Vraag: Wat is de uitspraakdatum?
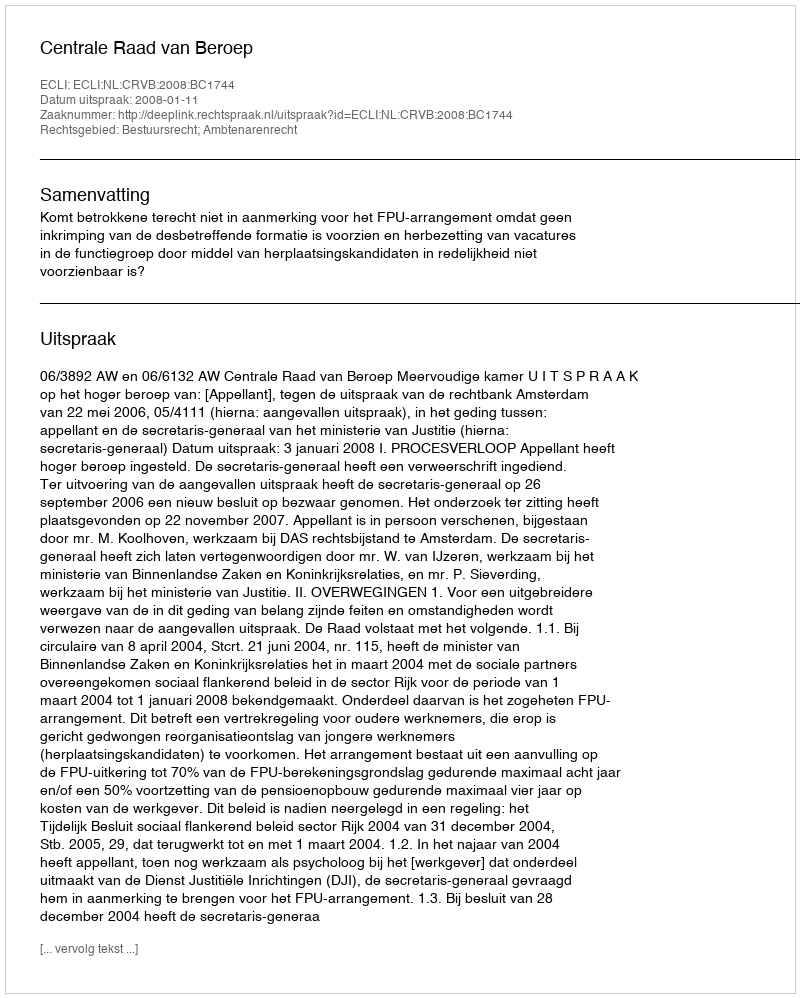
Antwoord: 2008-01-11